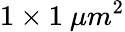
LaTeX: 1\times 1~\mu m^{2}